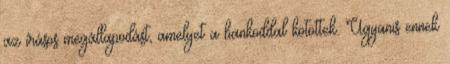
az írásos megállapodást, amelyet a bankoddal kötöttek. Ugyanis ennek